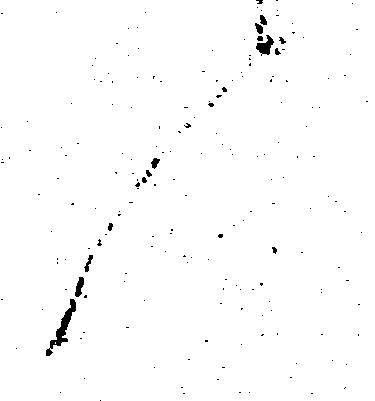
く